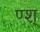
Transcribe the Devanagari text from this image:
ण्श्